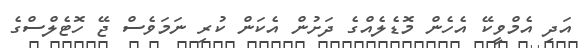
އަދި އެމްވީކޭ އެހެން މޮޑެލެއްގެ ދަށުން އެކަން ކުރި ނަމަވެސް ޖޭ ހޮޓެލްސްގެ